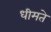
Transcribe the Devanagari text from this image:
धीमते